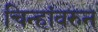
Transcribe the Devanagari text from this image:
चिन्हांवरुन